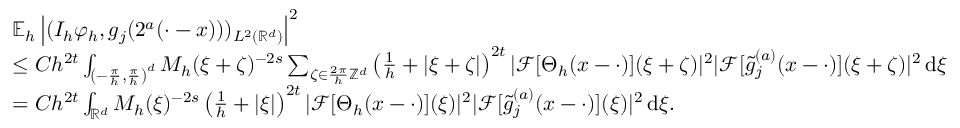
\begin{array} { r l } & { \mathbb { E } _ { h } \left| ( I _ { h } \varphi _ { h } , g _ { j } ( 2 ^ { a } ( \cdot - x ) ) ) _ { L ^ { 2 } ( \mathbb { R } ^ { d } ) } \right| ^ { 2 } } \\ & { \le C h ^ { 2 t } \int _ { \left( - \frac { \pi } { h } , \frac { \pi } { h } \right) ^ { d } } M _ { h } ( \xi + \zeta ) ^ { - 2 s } \sum _ { \zeta \in \frac { 2 \pi } { h } \mathbb { Z } ^ { d } } \left( \frac 1 h + | \xi + \zeta | \right) ^ { 2 t } | \mathcal { F } [ \Theta _ { h } ( x - \cdot ) ] ( \xi + \zeta ) | ^ { 2 } | \mathcal { F } [ \tilde { g } _ { j } ^ { ( a ) } ( x - \cdot ) ] ( \xi + \zeta ) | ^ { 2 } \, \mathrm { d } \xi } \\ & { = C h ^ { 2 t } \int _ { \mathbb { R } ^ { d } } M _ { h } ( \xi ) ^ { - 2 s } \left( \frac 1 h + | \xi | \right) ^ { 2 t } | \mathcal { F } [ \Theta _ { h } ( x - \cdot ) ] ( \xi ) | ^ { 2 } | \mathcal { F } [ \tilde { g } _ { j } ^ { ( a ) } ( x - \cdot ) ] ( \xi ) | ^ { 2 } \, \mathrm { d } \xi . } \end{array}